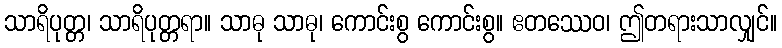
သာရိပုတ္တ၊ သာရိပုတ္တရာ။ သာဓု သာဓု၊ ကောင်းစွ ကောင်းစွ။ ဧတဿေဝ၊ ဤတရားသာလျှင်။